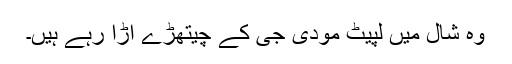
وہ شال میں لپیٹ مودی جی کے چیتھڑے اڑا رہے ہیں۔